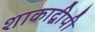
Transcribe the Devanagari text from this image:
शाकाद्वीपी